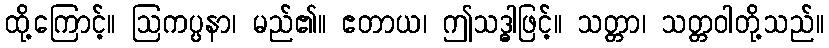
ထို့ကြောင့်။ ဩကပ္ပနာ၊ မည်၏။ ဧတာယ၊ ဤသဒ္ဓါဖြင့်။ သတ္တာ၊ သတ္တဝါတို့သည်။